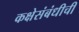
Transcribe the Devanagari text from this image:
कक्षेसंबंधीची